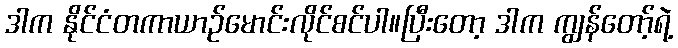
ဒါက နိုင်ငံတကာယာဉ်မောင်းလိုင်စင်ပါ။ပြီးတော့ ဒါက ကျွန်တော့်ရဲ့